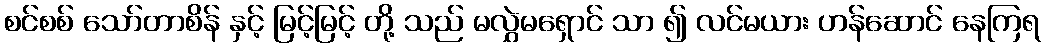
စင်စစ် သော်တာစိန် နှင့် မြင့်မြင့် တို့ သည် မလွှဲမရှောင် သာ ၍ လင်မယား ဟန်ဆောင် နေကြရ